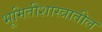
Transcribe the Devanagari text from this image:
भूमितीशास्त्रातील